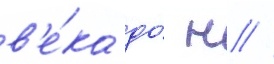
в'е́ка до́ н //